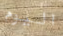
اليوم